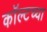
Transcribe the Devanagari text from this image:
कॉल्टच्या